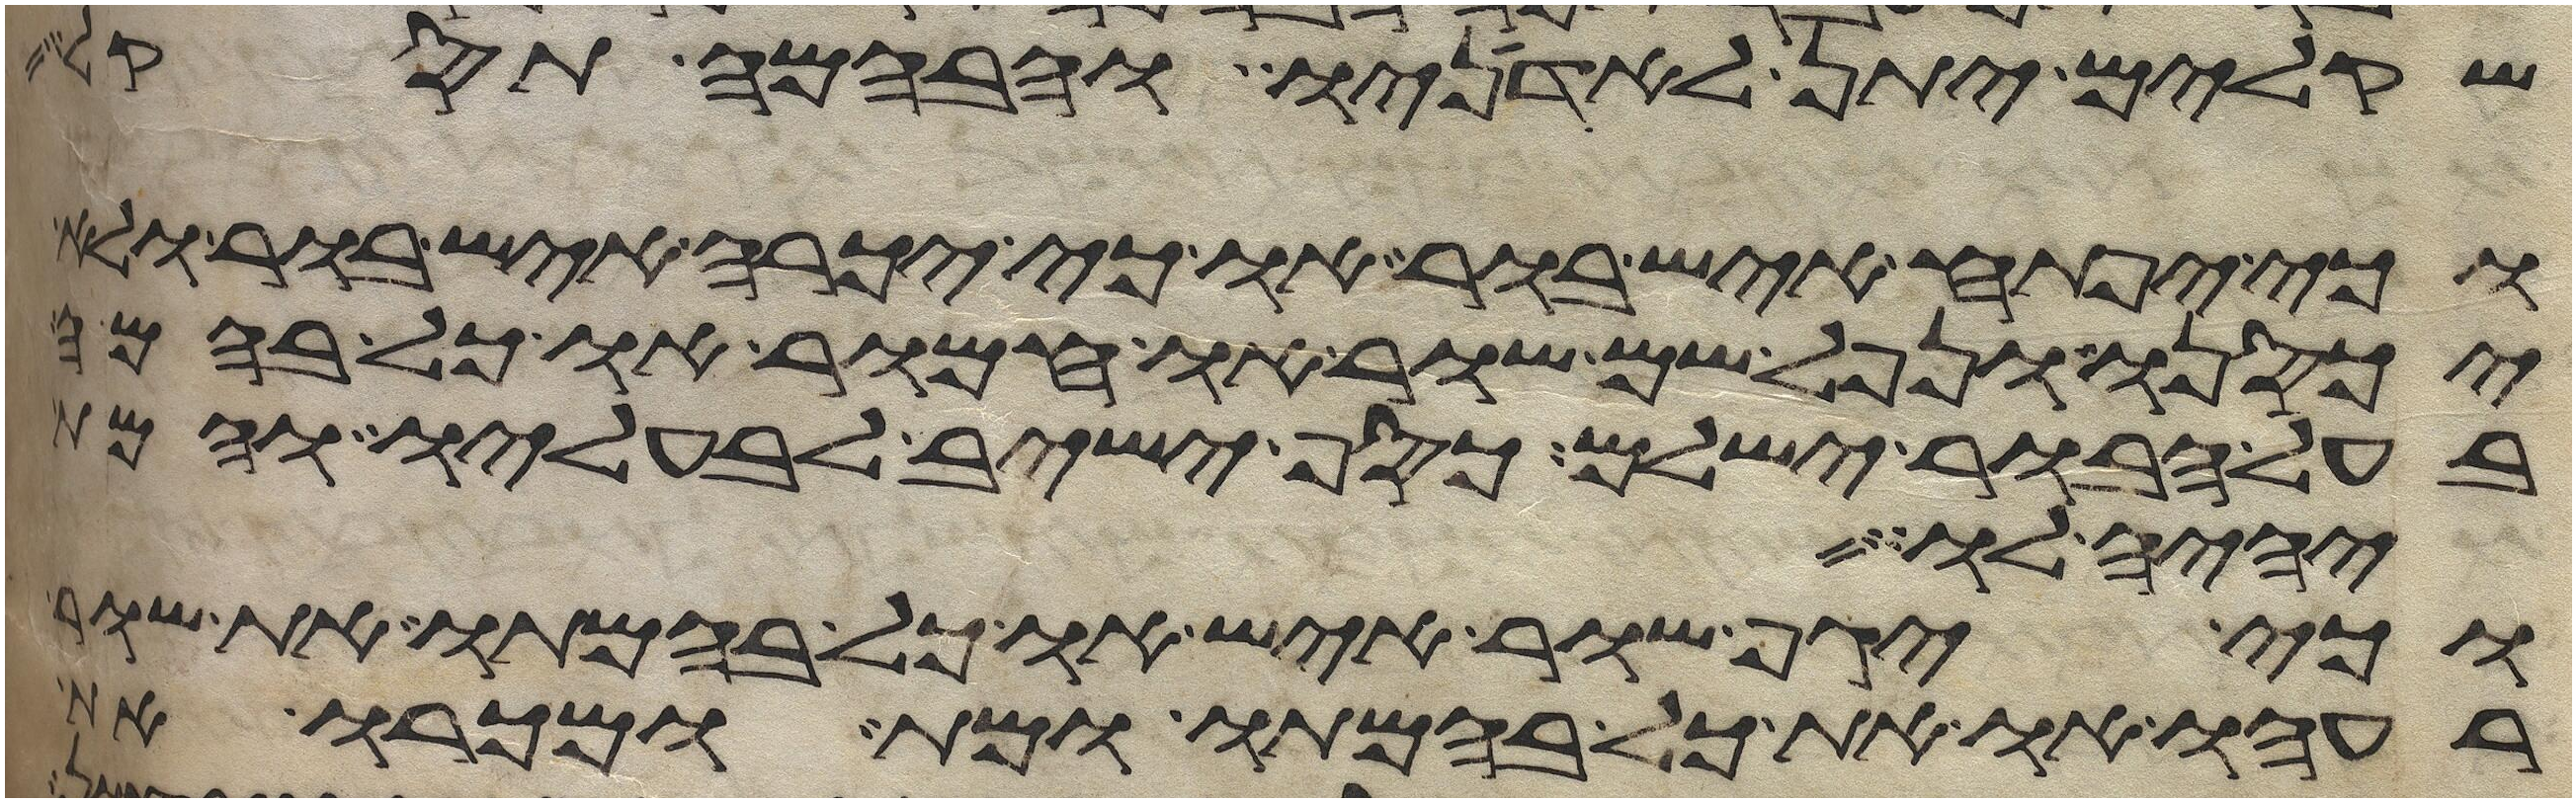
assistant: שקלים יתן לאדניו והבהמה תסקל
וכי יפתח איש בור או כי יכרה איש בור ולא
יכסנו ונפל שם שור או חמור או כל בהמה
בעל הבור ישלם כסף ישיב לבעליו והמת
יהיה לו
וכי יגף שור איש או כל בהמתו את שור
רעהו או את כל בהמתו ומת ומכרו את